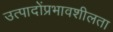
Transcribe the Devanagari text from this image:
उत्पादोंप्रभावशीलता